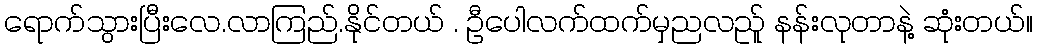
ရောက်သွားပြီးလေ.လာကြည်.နိုင်တယ် . ဦပေါလက်ထက်မှညလည်ူ နန်းလုတာနဲ့ ဆုံးတယ်။